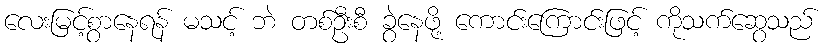
လေးမြင့်စွာနေရန် မသင့် ဘဲ တစ်ဦးစီ ခွဲနေဖို့ ကောင်းကြောင်းဖြင့် ကိုသက်ဆွေသည်